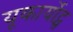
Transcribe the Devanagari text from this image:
यूकार्योट्स